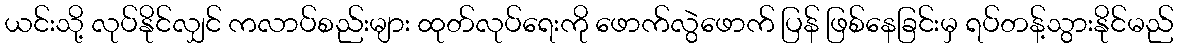
ယင်းသို့ လုပ်နိုင်လျှင် ကလာပ်စည်းများ ထုတ်လုပ်ရေးကို ဖောက်လွဲဖောက် ပြန် ဖြစ်နေခြင်းမှ ရပ်တန့်သွားနိုင်မည်